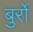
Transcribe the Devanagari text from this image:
बुर्रो